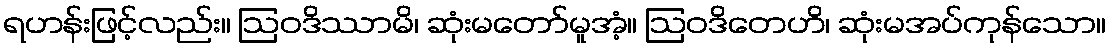
ရဟန်းဖြင့်လည်း။ ဩဝဒိဿာမိ၊ ဆုံးမတော်မူအံ့။ ဩဝဒိတေဟိ၊ ဆုံးမအပ်ကုန်သော။